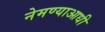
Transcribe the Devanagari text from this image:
नेमण्याआधी